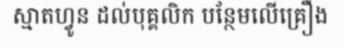
ស្មាតហ្វូន ដល់បុគ្គលិក បន្ថែមលើគ្រឿង